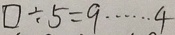
\square \div 5 = 9 \cdots 4